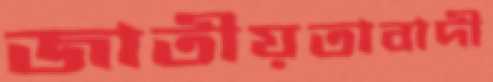
জাতীয়তাবাদী